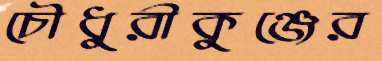
চৌধুরীকুঞ্জের